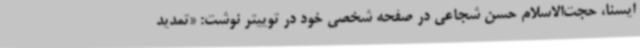
ایسنا، حجت‌الاسلام حسن شجاعی در صفحه شخصی خود در توییتر نوشت: «تمدید